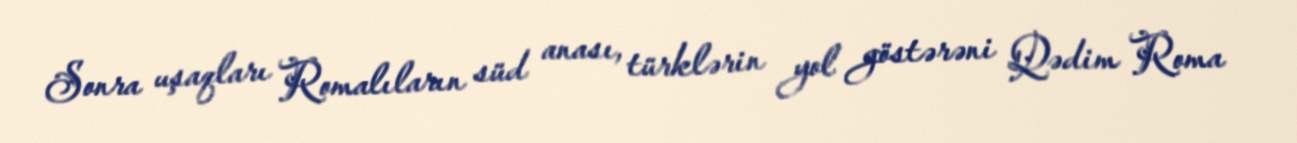
Sonra uşaqları Romalıların süd anası, türklərin yol göstərəni Qədim Roma